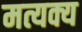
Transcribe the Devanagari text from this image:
मत्यक्य